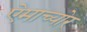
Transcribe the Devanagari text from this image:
ऐमाच्योर